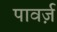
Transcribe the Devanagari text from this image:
पावर्ज़